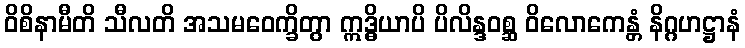
ဝိစိနာမီတိ သီလတိ အသမဝေက္ခိတွာ ဣဒ္ဓိယာပိ ပိလိန္ဒဝစ္ဆ ဝိလောကေန္တံ နိဂ္ဂဟဋ္ဌာနံ